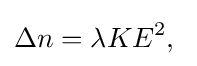
\Delta n=\lambda KE^{2},\